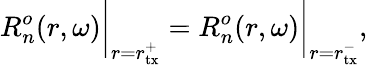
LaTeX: R_{n}^{o}(r,\omega)\bigg|_{r=r_{\mathrm{tx}}^{+}}=R_{n}^{o}(r,\omega)\bigg|_{r=r_{\mathrm{tx}}^{-}},